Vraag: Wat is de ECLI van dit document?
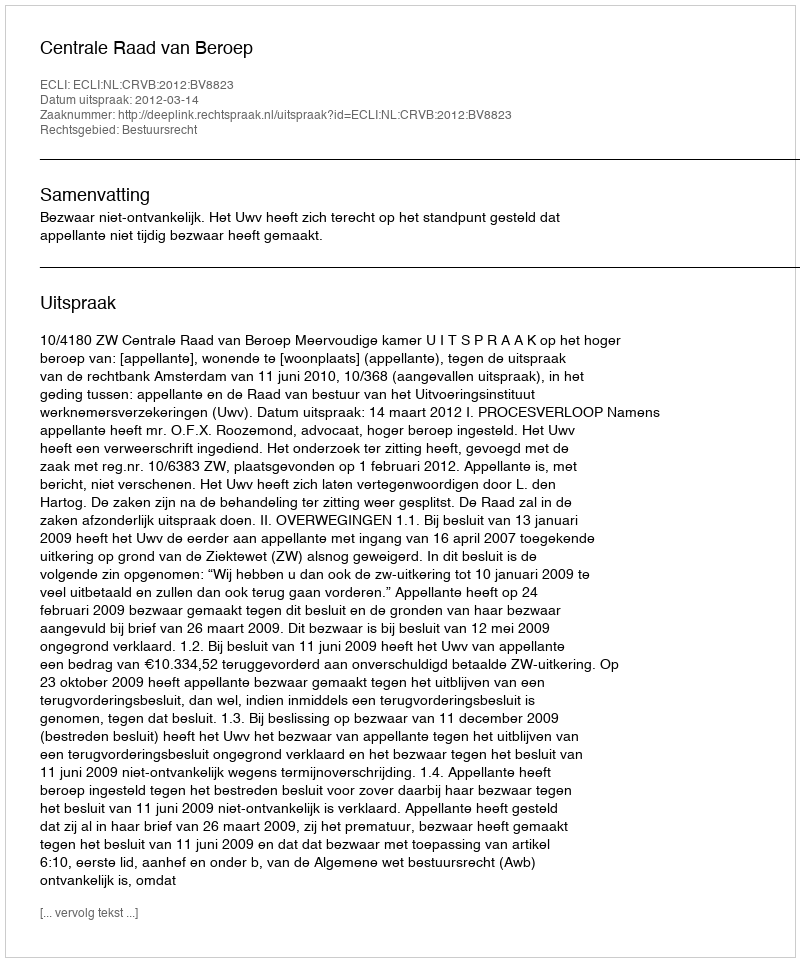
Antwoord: ECLI:NL:CRVB:2012:BV8823